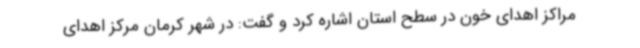
مراکز اهدای خون در سطح استان اشاره کرد و گفت: در شهر کرمان مرکز اهدای